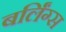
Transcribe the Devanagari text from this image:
बर्लिंग्स